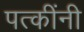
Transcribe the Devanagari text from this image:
पत्कींनी